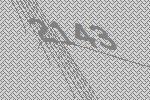
2143